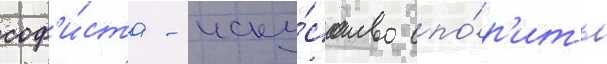
соф'и́ста - иску́сство спо́р'ить